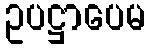
ဥပဋ္ဌာပေမ